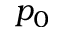
p _ { 0 }